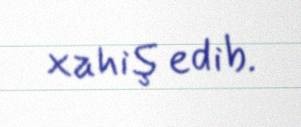
xahiş edib.